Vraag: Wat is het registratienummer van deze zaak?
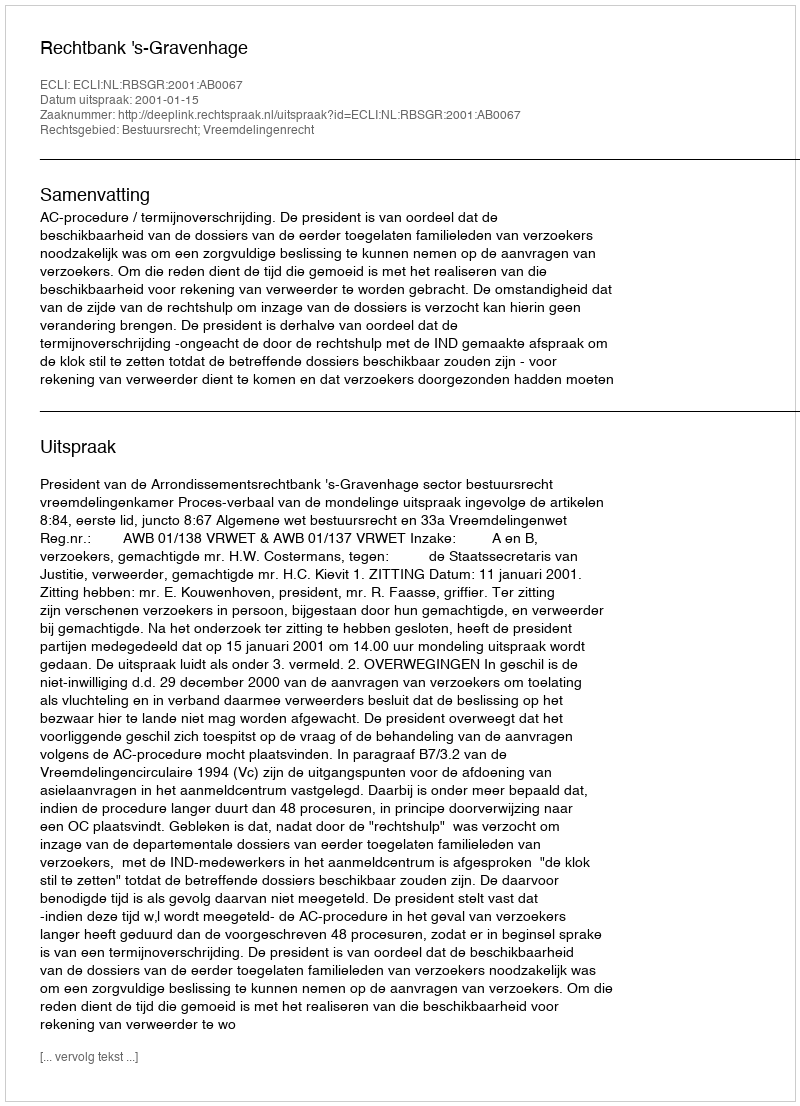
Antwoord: http://deeplink.rechtspraak.nl/uitspraak?id=ECLI:NL:RBSGR:2001:AB0067